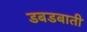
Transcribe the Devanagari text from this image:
डबडबाती